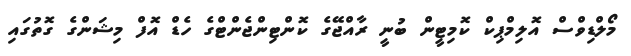
މޯލްޑިވްސް އޮލިމްޕިކް ކޮމިޓީން ބުނީ ރާއްޖޭގެ ކޮންޓިންޖެންޓްގެ ހެޑް އޮފް މިޝަންގެ ގޮތުގައި